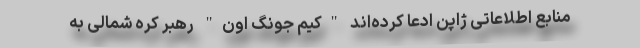
منابع اطلاعاتی ژاپن ادعا کرده‌اند "کیم جونگ اون" رهبر کره شمالی به